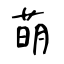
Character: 萌